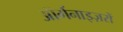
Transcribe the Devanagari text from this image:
ऑर्गनाइज़रों